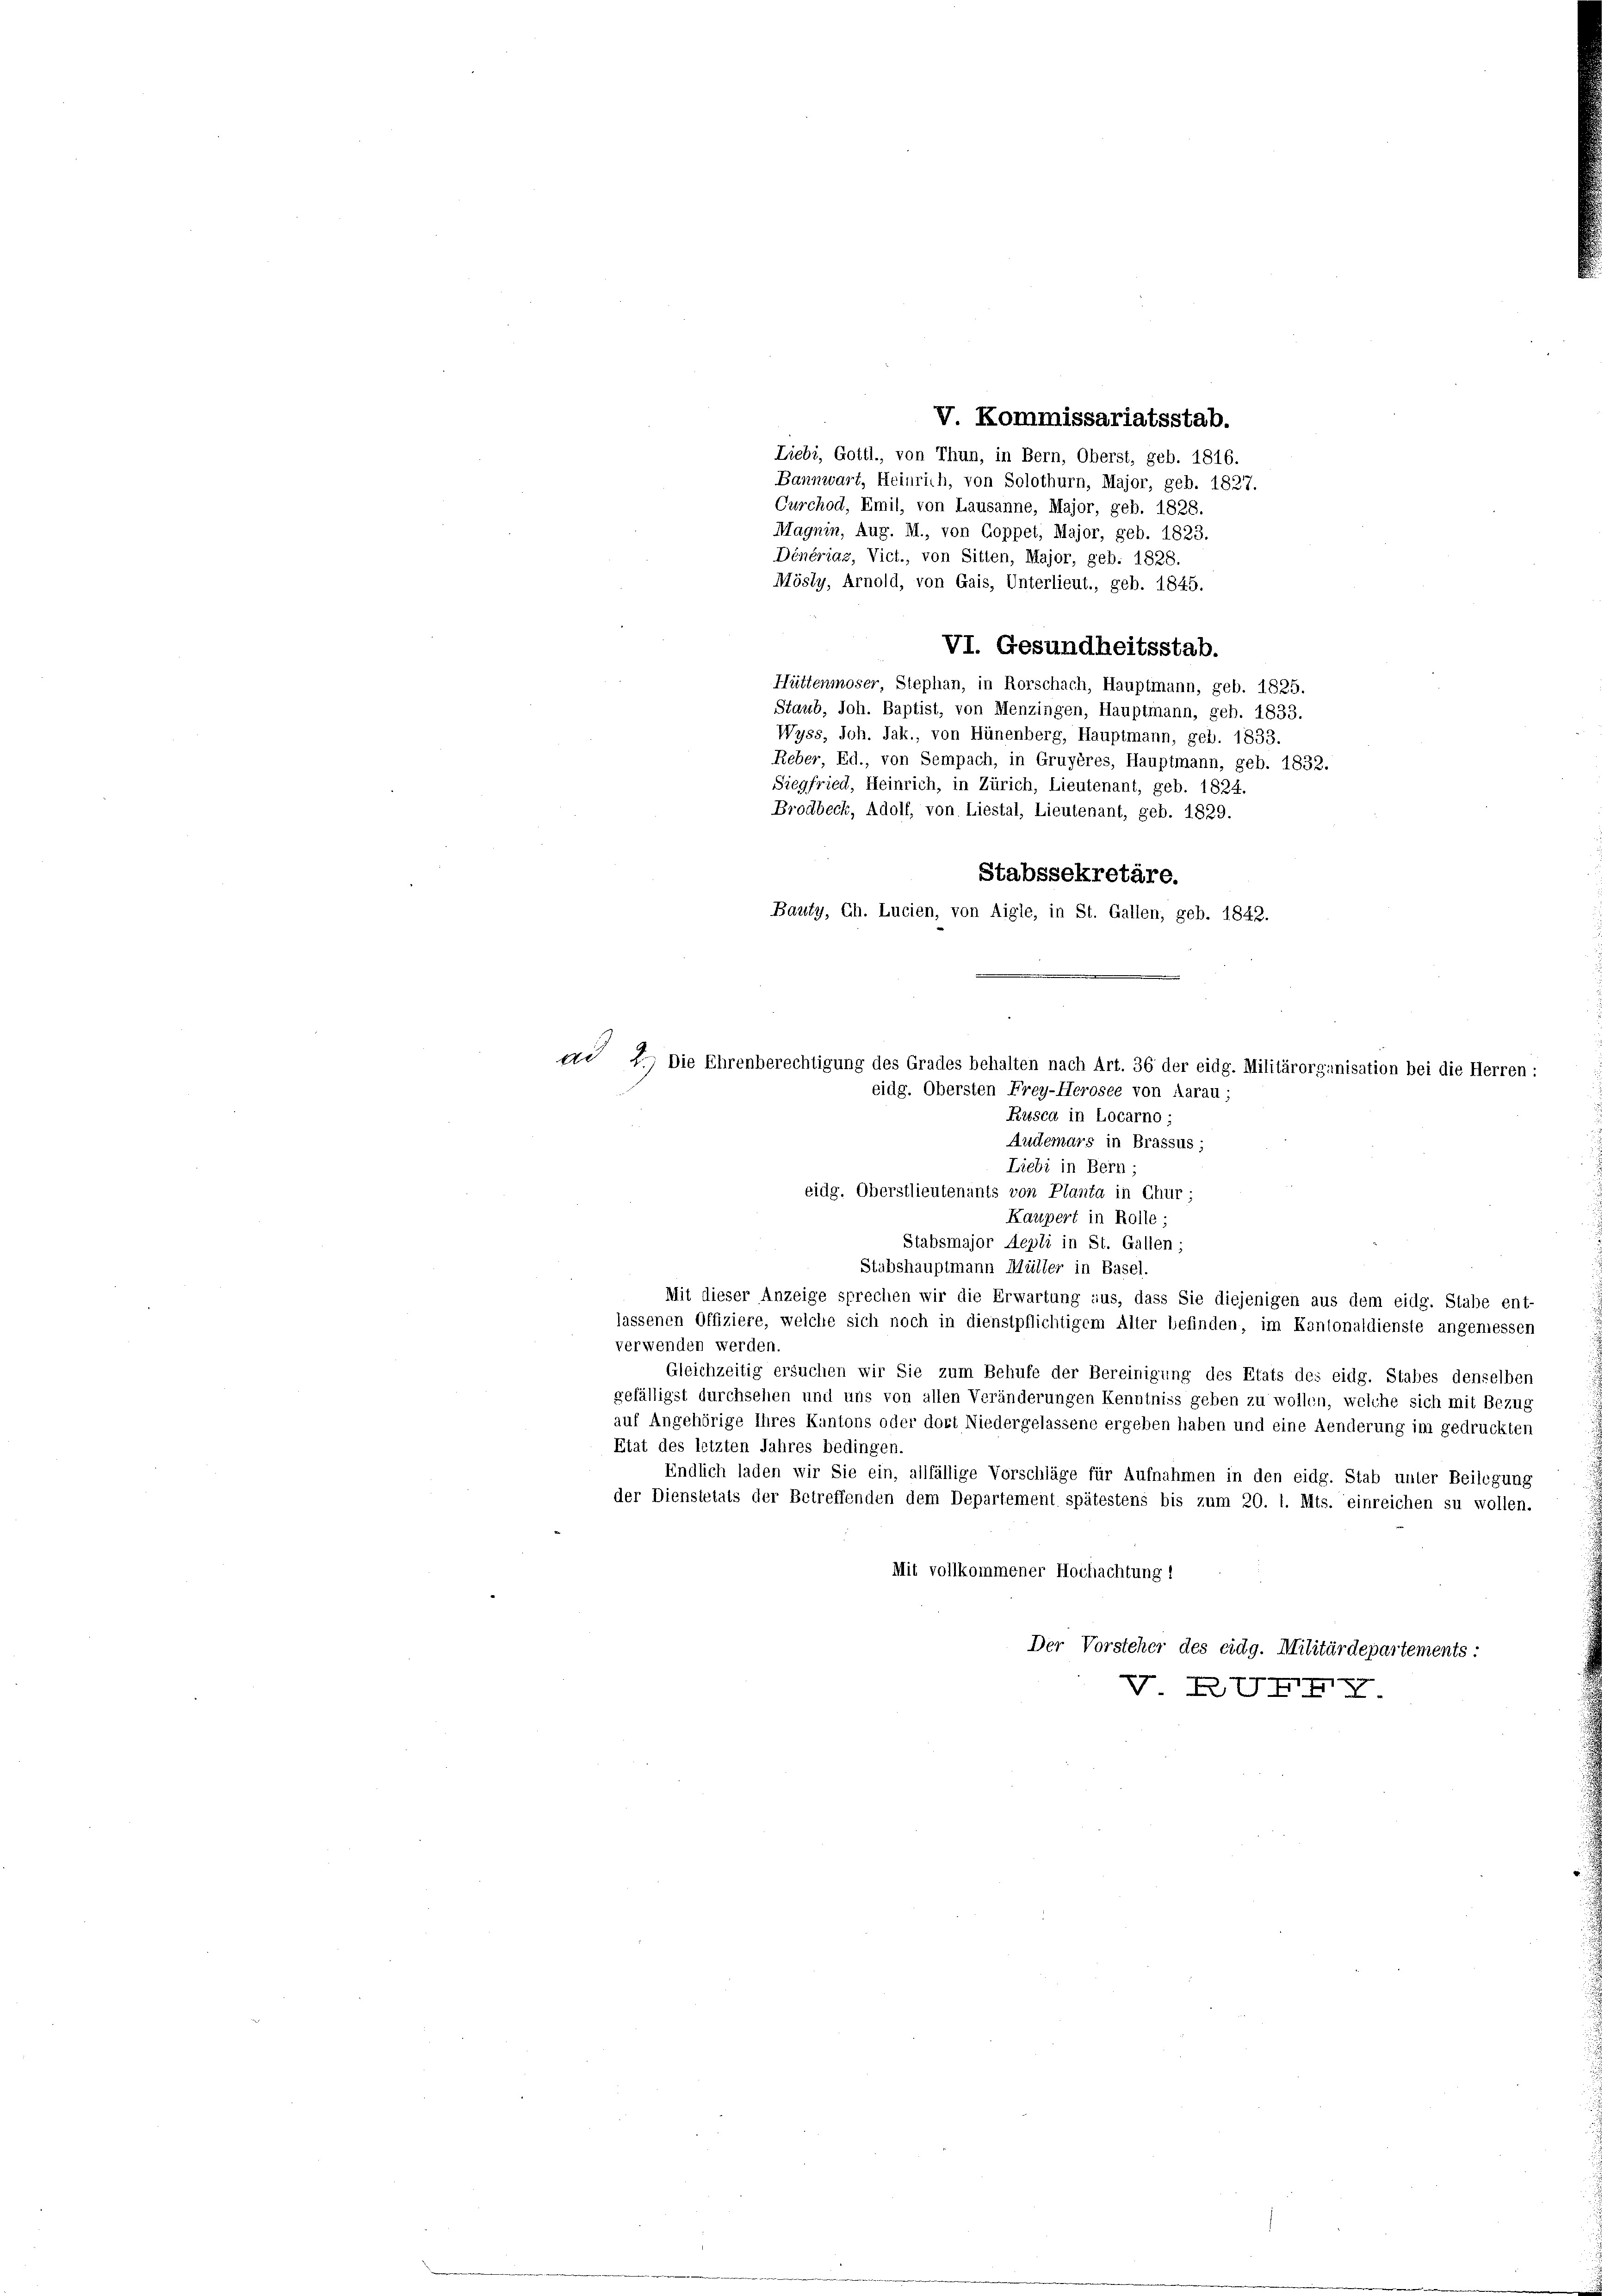
V. Kommissariatsstab.
Liebe, Gottl., von Thun, in Bern, Oberst, geb. 1816.
Bannwart, Heinrich, von Solothurn, Major, geb. 1827.
Curchod, Emil, von Lausanne, Major, geb. 1828.
Magnin, Aug. M., von Coppet, Major, geb. 1823.
Dénériaz, Vict., von Sitten, Major, geb. 1828.
Mösly, Arnold, von Gais, Unterlieut., geb. 1845.
VI. Gesundheitsstab.
Hüttenmoser, Stephan, in Rorschach, Hauptmann, geb. 1825.
Staub, Joh. Baptist, von Menzingen, Hauptmann, geb. 1833.
Wyss, Joh. Jak., von Hünenberg, Hauptmann, geb. 1833.
Reber, Ed., von Sempach, in Gruyères, Hauptmann, geb. 1832.
Siegfried, Heinrich, in Zürich, Lieutenant, geb. 1824.
Brodbeck, Adolf, von Liestal, Lieutenant, geb. 1829.
Stabssekretäre.
Bauty, Ch. Lucien, von Aigle, in St. Gallen, geb. 1842.
Auderars in Brassus;
Liebi in Bern;
eidg. Oberstlieutenants von Planta in Chur;
Kaupert in Rolle;
Stabsmajor Aegli in St. Gallen;
Stabshauptmann Müller in Basel.
Mit dieser Anzeige sprechen wir die Erwartung aus, dass Sie diejenigen aus dem eidg. Stabe ent-
lassenen Offiziere, welche sich noch in dienstpflichtigem Alter befinden, im Kantonaldienste angemessen
verwenden werden.
Gleichzeitig ersuchen wir Sie zum Behufe der Bereinigung des Etats des eidg. Stabes denselben
gefälligst durchsehen und uns von allen Veränderungen Kenntniss geben zu wollen, welche sich mit Bezug
auf Angehörige Ihres Kantons oder dort Niedergelassene ergeben haben und eine Aenderung im gedruckten
Etat des letzten Jahres bedingen.
Endlich laden wir Sie ein, allfällige Vorschläge für Aufnahmen in den eidg. Stab unter Beilegung
der Dienstetats der Betreffenden dem Departement spätestens bis zum 20. 1. Mts. einreichen su wollen.
Mit vollkommener Hochachtung 1
Der Vorsteher des eidg. Militärdepartements:
BUF

ad 2. Die Ehrenberechtigung des Grades behalten nach Art. 36 der eidg. Militärorganisation bei die Herren:
eidg. Obersten Frey-Herosee von Aarau;
Rusca in Locarno ;